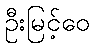
ဦးမြင့်ဝေ